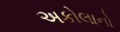
અકોલાનો